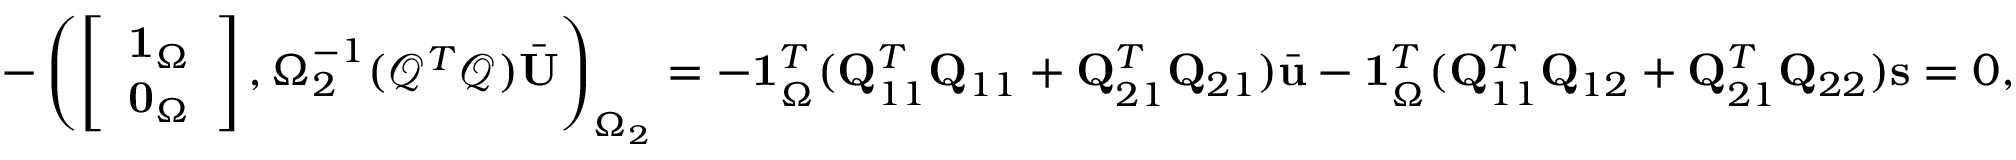
- \left( \left[ \begin{array} { l } { \mathbf { 1 } _ { \Omega } } \\ { \mathbf { 0 } _ { \Omega } } \end{array} \right] , \boldsymbol { \Omega } _ { 2 } ^ { - 1 } ( \mathcal { Q } ^ { T } \mathcal { Q } ) \bar { \mathbf { U } } \right) _ { \Omega _ { 2 } } = - \mathbf { 1 } _ { \Omega } ^ { T } ( \mathbf { Q } _ { 1 1 } ^ { T } \mathbf { Q } _ { 1 1 } + \mathbf { Q } _ { 2 1 } ^ { T } \mathbf { Q } _ { 2 1 } ) \bar { \mathbf { u } } - \mathbf { 1 } _ { \Omega } ^ { T } ( \mathbf { Q } _ { 1 1 } ^ { T } \mathbf { Q } _ { 1 2 } + \mathbf { Q } _ { 2 1 } ^ { T } \mathbf { Q } _ { 2 2 } ) \mathbf { s } = 0 ,